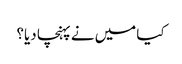
کیا میں نے پہنچا دیا؟